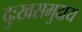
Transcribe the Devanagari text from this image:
दुःखसमुदाय